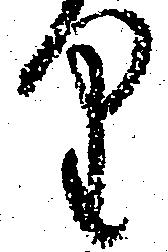
り